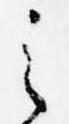
之